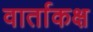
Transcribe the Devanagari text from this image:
वार्ताकक्ष